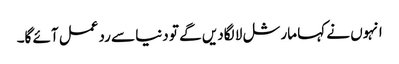
انہوں نے کہا مارشل لا لگادیں گے تو دنیا سے ردعمل آئے گا۔